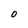
Character: 0